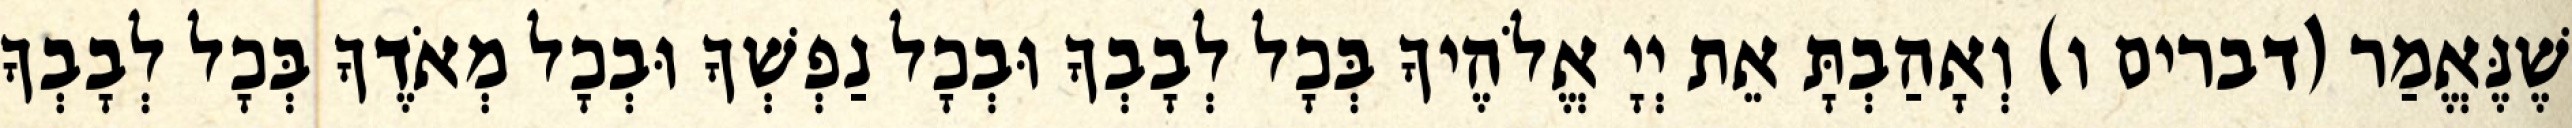
שֶׁנֶּאֱמַר (דברים ו) וְאָהַבְתָּ אֵת יְיָ אֱלֹהֶיךָ בְּכָל לְבָבְךָ וּבְכָל נַפְשְׁךָ וּבְכָל מְאֹדֶךָ בְּכָל לְבָבְךָ